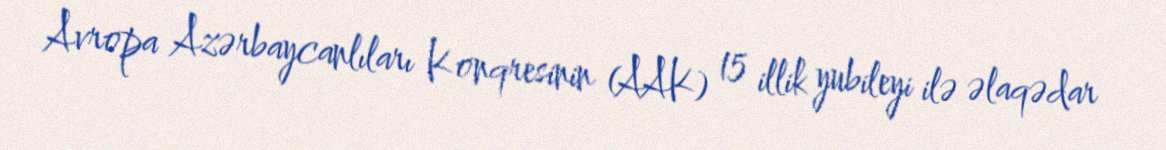
Avropa Azərbaycanlıları Konqresinin (AAK) 15 illik yubileyi ilə əlaqədar